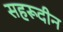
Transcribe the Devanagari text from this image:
सहरूदीन